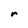
Character: r